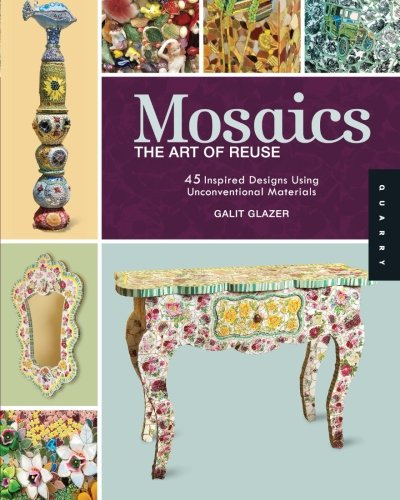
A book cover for Mosaics, The Art of Reuse: 45 Inspired Designs Using Unconventional Materials; Galit Glazer; Crafts, Hobbies & Home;